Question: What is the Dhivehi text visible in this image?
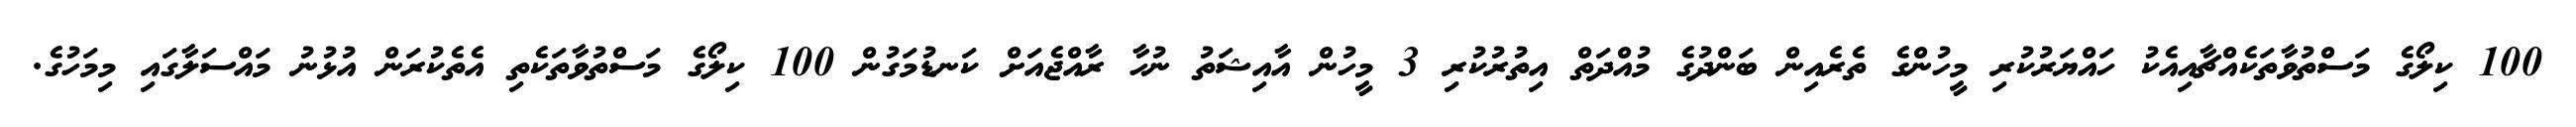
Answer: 100 ކިލޯގެ މަސްތުވާތަކެއްޗާއިއެކު ހައްޔަރުކުރި މީހުންގެ ތެރެއިން ބަންދުގެ މުއްދަތް އިތުރުކުރި 3 މީހުން އާއިޝަތު ނުހާ ރާއްޖެއަށް ކަނޑުމަގުން 100 ކިލޯގެ މަސްތުވާތަކެތި އެތެކުރަން އުޅުނު މައްސަލާގައި މިމަހުގެ.